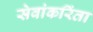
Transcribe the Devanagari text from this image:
सेवांकरिंता